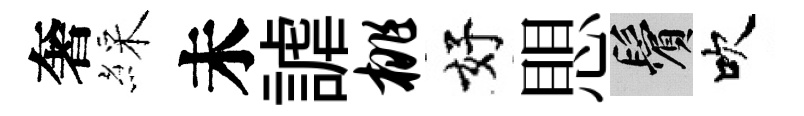
奢綵未謔桃好愳鬢吹